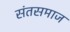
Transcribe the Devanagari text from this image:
संतसमाज